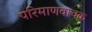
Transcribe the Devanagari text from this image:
परिमाणवाचक